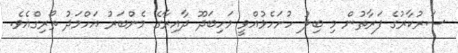
ސަރުކާރުގެ ފަރާތުން މި ބިލު ހުށަހެޅުއްވީ މަހިބަދޫ ދާއިރާގެ މެންބަރު އަހްމަދު ތޯރިގްއެވެ.